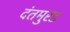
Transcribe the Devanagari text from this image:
दंतमुरड